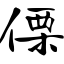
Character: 傈